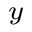
_ { y }